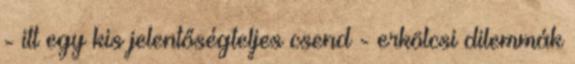
- itt egy kis jelentőségteljes csend - erkölcsi dilemmák